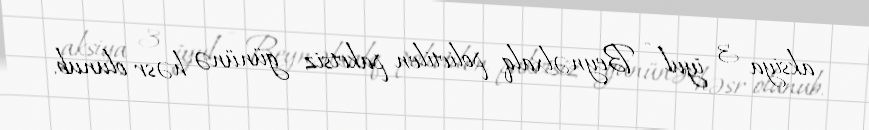
aksiya 3 iyul - Beynəlxalq polietilen paketsiz gününə həsr olunub.